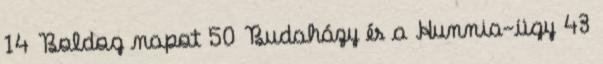
14 Boldog napot 50 Budaházy és a Hunnia-ügy 43